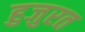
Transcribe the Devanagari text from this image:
हुजुरत